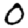
Digit: 0